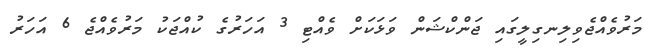
މަރުވެއްޖެވިލިނގިލީގައި ޖަންކްޝަން ވަޅަކަށް ވެއްޓި 3 އަހަރުގެ ކުއްޖަކު މަރުވެއްޖެ 6 އަހަރު